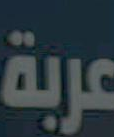
عربة